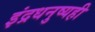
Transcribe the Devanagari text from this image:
इंद्रधनुष्यही